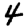
Digit: 4